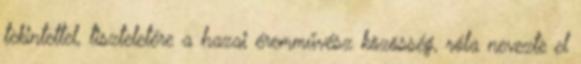
tekintettel, tiszteletére a hazai éremművész közösség, róla nevezte el